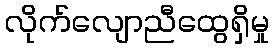
လိုက်လျောညီထွေရှိမှု